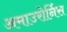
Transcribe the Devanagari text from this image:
अमाउरोर्निस